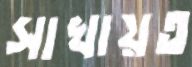
সাখায়ত